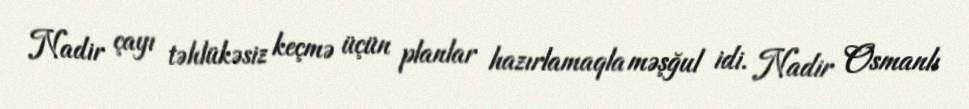
Nadir çayı təhlükəsiz keçmə üçün planlar hazırlamaqla məşğul idi. Nadir Osmanlı